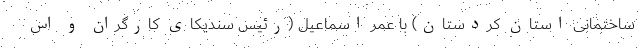
ساختمانی استان کردستان) با عمر اسماعیل (رئیس سندیکای کارگران و اس